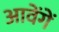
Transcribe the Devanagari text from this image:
आवेंगें